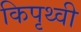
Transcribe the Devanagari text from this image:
किपृथ्वी